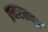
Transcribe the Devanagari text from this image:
प्रचारकवत